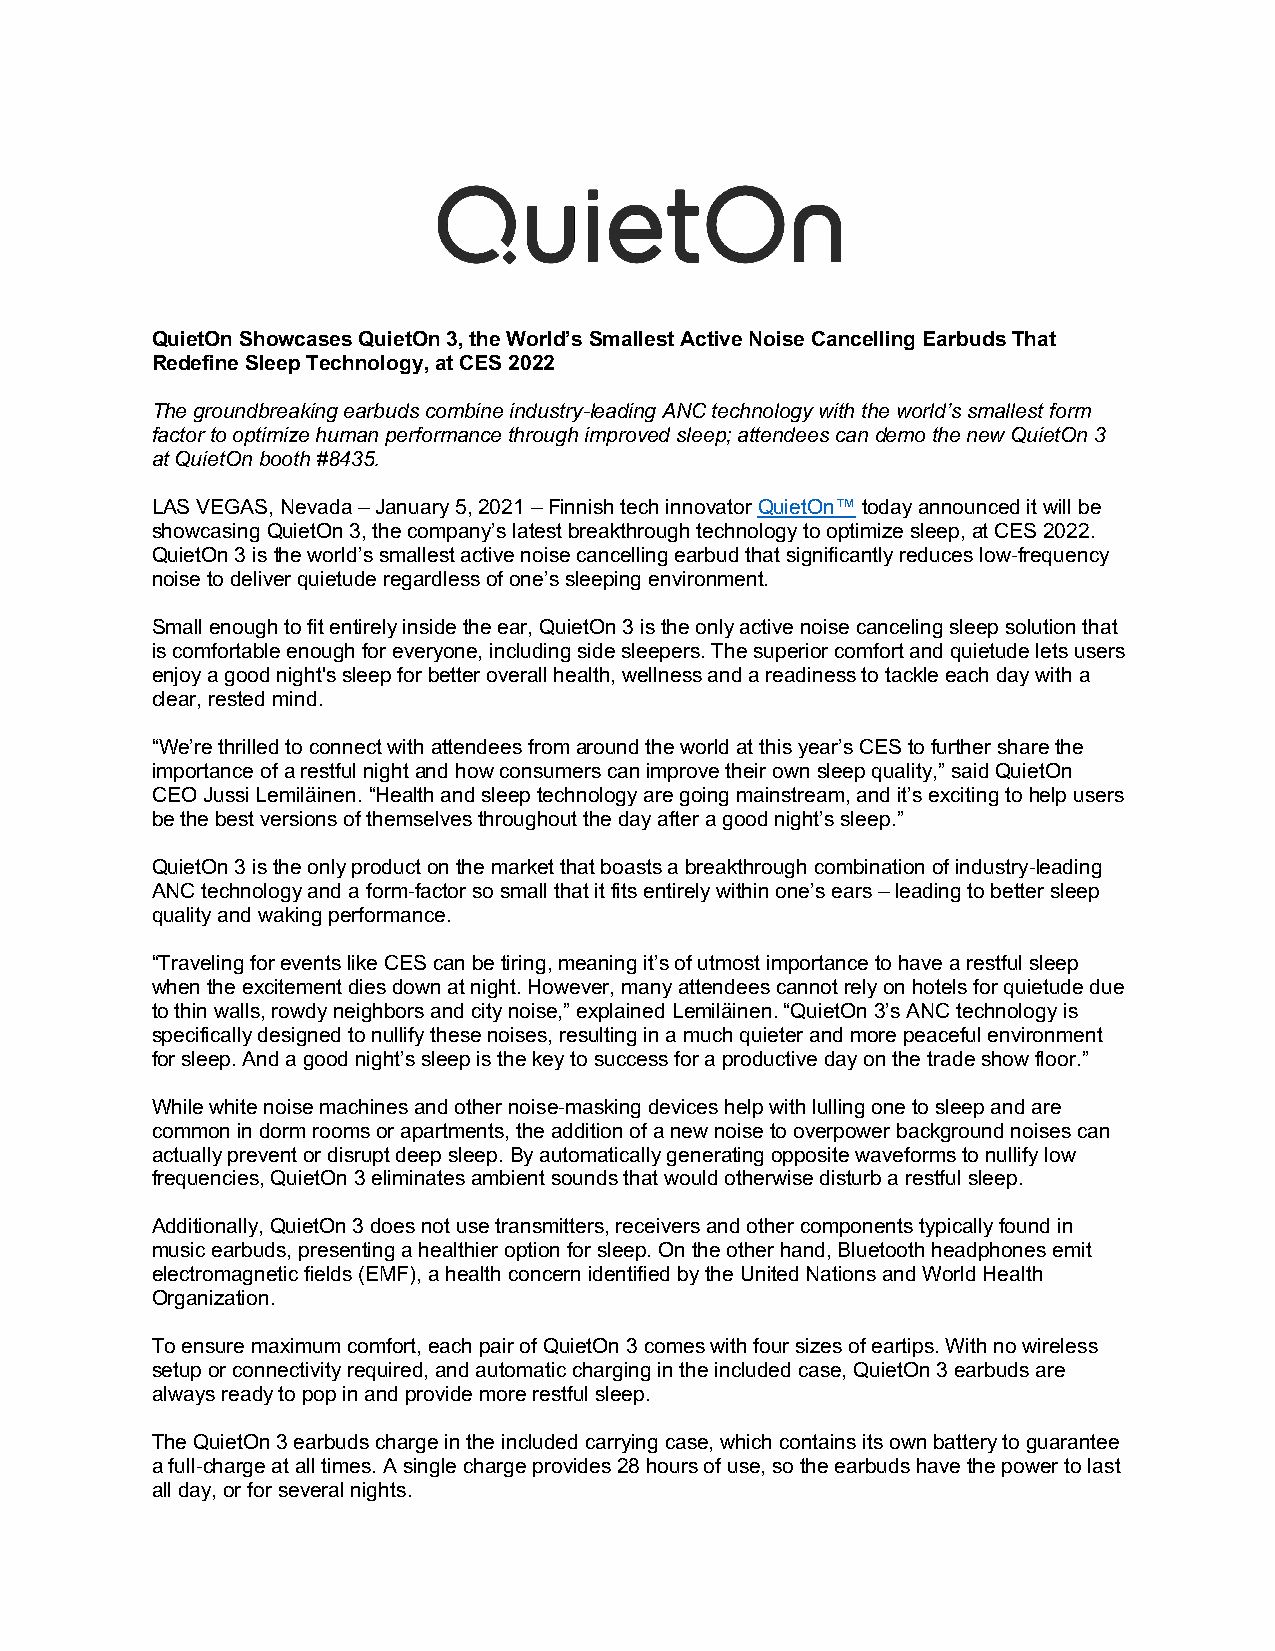
QuietOn Showcases QuietOn 3, the World’s Smallest Active Noise Cancelling Earbuds That
 Redefine Sleep Technology, at CES 2022
 The groundbreaking earbuds combine industry-leading ANC technology with the world’s smallest form
 factor to optimize human performance through improved sleep; attendees can demo the new QuietOn 3
 at QuietOn booth #8435.
 LAS VEGAS, Nevada – January 5, 2021 – Finnish tech innovator QuietOn™ today announced it will be
 showcasing QuietOn 3, the company’s latest breakthrough technology to optimize sleep, at CES 2022.
 QuietOn 3 is the world’s smallest active noise cancelling earbud that significantly reduces low-frequency
 noise to deliver quietude regardless of one’s sleeping environment.
 Small enough to fit entirely inside the ear, QuietOn 3 is the only active noise canceling sleep solution that
 is comfortable enough for everyone, including side sleepers. The superior comfort and quietude lets users
 enjoy a good night's sleep for better overall health, wellness and a readiness to tackle each day with a
 clear, rested mind.
 “We’re thrilled to connect with attendees from around the world at this year’s CES to further share the
 importance of a restful night and how consumers can improve their own sleep quality,” said QuietOn
 CEO Jussi Lemiläinen. “Health and sleep technology are going mainstream, and it’s exciting to help users
 be the best versions of themselves throughout the day after a good night’s sleep.”
 QuietOn 3 is the only product on the market that boasts a breakthrough combination of industry-leading
 ANC technology and a form-factor so small that it fits entirely within one’s ears – leading to better sleep
 quality and waking performance.
 “Traveling for events like CES can be tiring, meaning it’s of utmost importance to have a restful sleep
 when the excitement dies down at night. However, many attendees cannot rely on hotels for quietude due
 to thin walls, rowdy neighbors and city noise,” explained Lemiläinen. “QuietOn 3’s ANC technology is
 specifically designed to nullify these noises, resulting in a much quieter and more peaceful environment
 for sleep. And a good night’s sleep is the key to success for a productive day on the trade show floor.”
 While white noise machines and other noise-masking devices help with lulling one to sleep and are
 common in dorm rooms or apartments, the addition of a new noise to overpower background noises can
 actually prevent or disrupt deep sleep. By automatically generating opposite waveforms to nullify low
 frequencies, QuietOn 3 eliminates ambient sounds that would otherwise disturb a restful sleep.
 Additionally, QuietOn 3 does not use transmitters, receivers and other components typically found in
 music earbuds, presenting a healthier option for sleep. On the other hand, Bluetooth headphones emit
 electromagnetic fields (EMF), a health concern identified by the United Nations and World Health
 Organization.
 To ensure maximum comfort, each pair of QuietOn 3 comes with four sizes of eartips. With no wireless
 setup or connectivity required, and automatic charging in the included case, QuietOn 3 earbuds are
 always ready to pop in and provide more restful sleep.
 The QuietOn 3 earbuds charge in the included carrying case, which contains its own battery to guarantee
 a full-charge at all times. A single charge provides 28 hours of use, so the earbuds have the power to last
 all day, or for several nights.